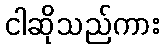
ငါဆိုသည်ကား